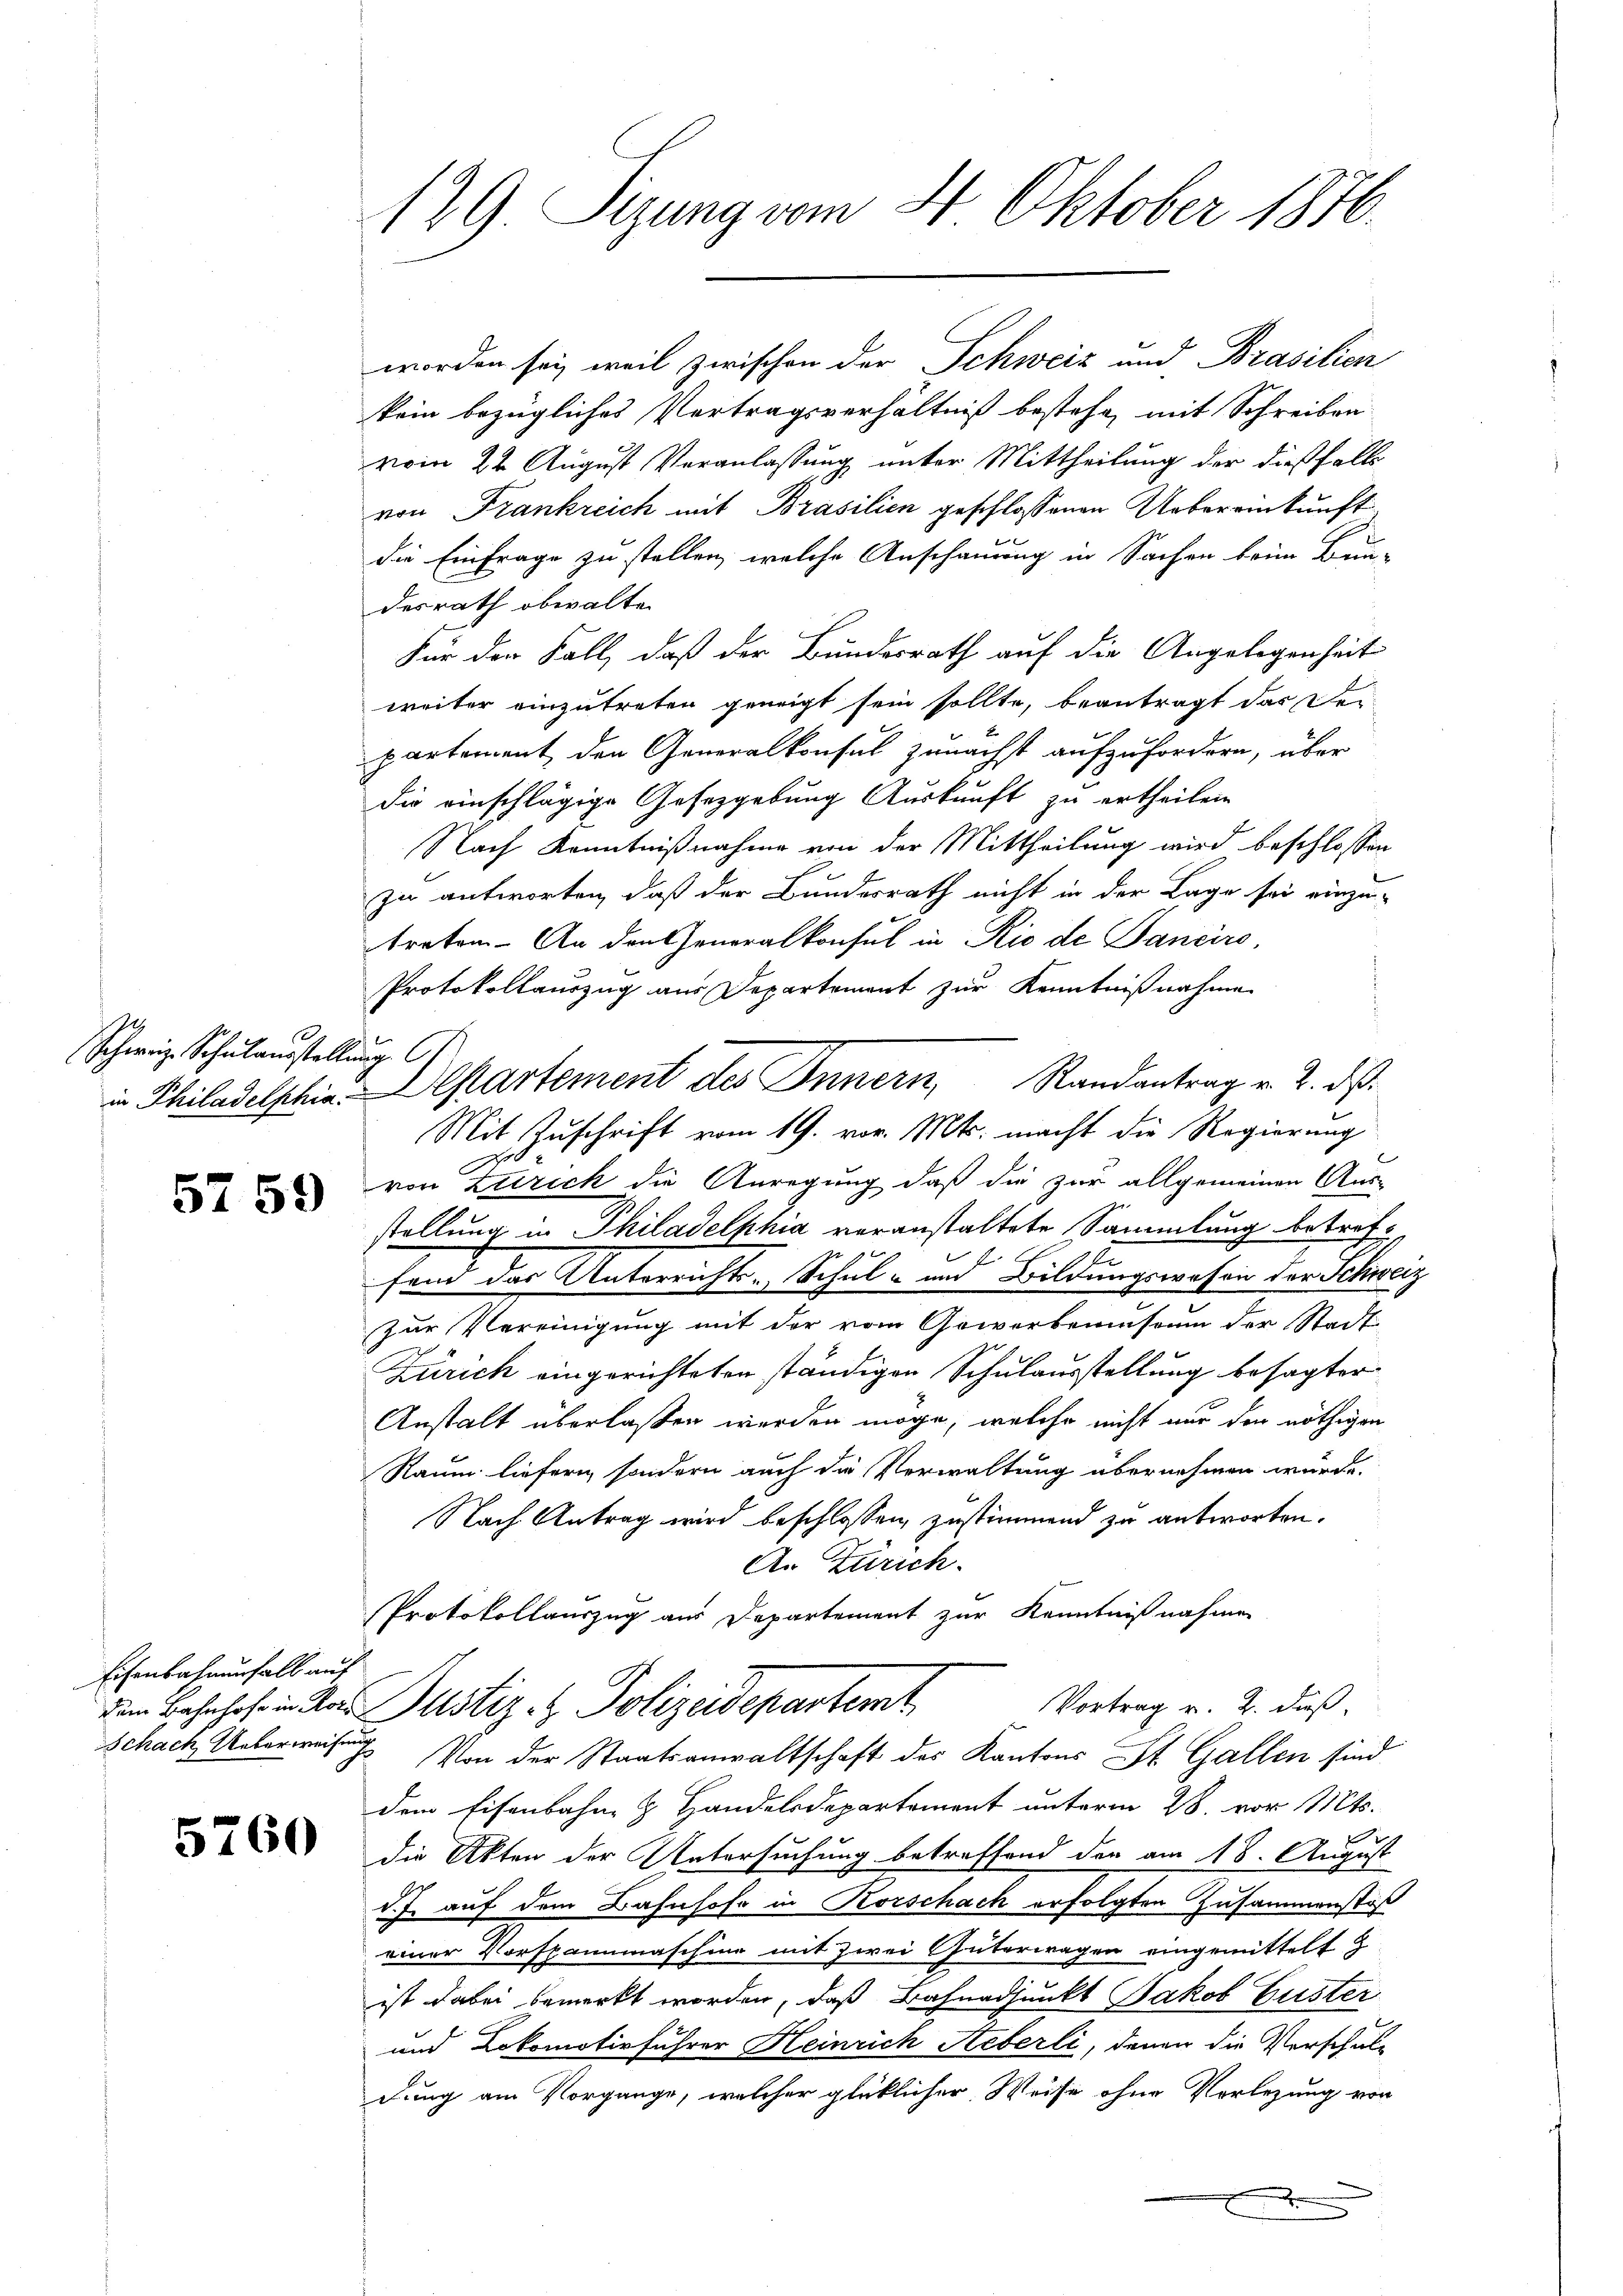
Schweiz. Schulausstellung

5759

Eisenbahnunfall auf

5760

129. Sizung vom 4 Oktober 1876.

worden sei, weil zwischen der Schweiz und Brasilien
kein bezügliches Vertragsverhältniß bestehe, mit Schreiben
vom 22. August Veranlassung unter Mittheilung der dießfalle
von Frankreich mit Brasilien geschlossenen Uebereinkunft
die Einfrage zu stellen, welche Anschauung in Sachen beim Bun-
desrath obwalte
Für der Fall, daß der Bundesrath auf die Angelegenheit
weiter einzutreten geneigt sein sollte, beantragt das Dei
partement den Generalkonsul zunächst aufzufordern, über
die einschlägige Gesetzgebung Auskunft zu ertheilen
Nach Kenntnißnahme von der Mittheilung wird beschlossen
zu antworten, daß der Bundesrath nicht in der Lage sei einzu-
treten. An den Generalkonsul in Rio de Panciro,
Protokollauszug aus Departement zur Kenntnißnahme
Mit Zuschrift vom 19. vor. Mts. macht die Regierung
von Zürich die Anregung daß die zur allgemeinen Aus-
stellung in Philadelphia veranstaltete Sammlung betreffand das Unterrichts-Schul- und Bildungswesen der Schweiz
Zur Vereinigung mit der vom Gewerbemuseum der Stadt-
Zürich eingerichteten ständigen Schulausstellung besagter
Anstalt überlaßen werden möge, welche nicht nur der nöthigen
Raum liefern, sondern auch die Verwaltung übernehmen wurde.
Nach Antrag wird beschlossen, zustimmend zu antworten.
An Zürich.
Protokollauszug aus Departement zur Kenntnißnahmen
Vortrag v. 2. dieß,
dem Bahnhof in das Justiz- & Polizeidepartemt
Schach Ueberweisung von der Staatsanwaltschaft des Kantons St. Gallen sind
dem Eisenbahn & Handelsdepartement unterm 28. vor. Mts.
die Akten der Untersuchung betreffend der am 18. August
d.J. auf dem Bahnhofe in Korschach erfolgten Zusammenstoß
einer Vorspannmaschine mit zwei Güterwagen eingemittelt h
ist dabei bemerkt worden, daß Bahnadjunkt Jakob Guster
und Lokomotivführer Heinrich Aeberli, denen die Verschul-
dung am Vorgange, welcher glücklicher Weise ohne Vorlegung von

in Philadelphia Departement des Innern, Randantrag v. 2. d